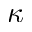
\kappa